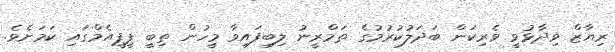
ރިޔާޒް ވިދާޅުވީ ވެރިކަން ބަދަލުކުރުމުގެ ތަމްރީނު ލިބިފައިވާ މީހުން ތިބީ ޕީޕީއެމްގައިި ކަމަށެވެ.